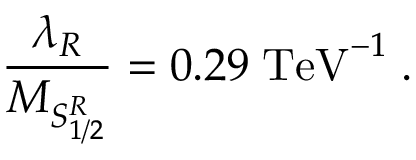
\frac { \lambda _ { R } } { M _ { { \cal S } _ { 1 / 2 } ^ { R } } } = 0 . 2 9 \; \mathrm { T e V } ^ { - 1 } \; .